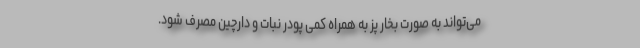
می‌تواند به صورت بخار پز به همراه کمی پودر نبات و دارچین مصرف شود.